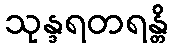
သုန္ဒရတရန္တိ